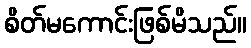
စိတ်မကောင်းဖြစ်မိသည်။